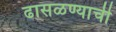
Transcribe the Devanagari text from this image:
ढासळण्याची